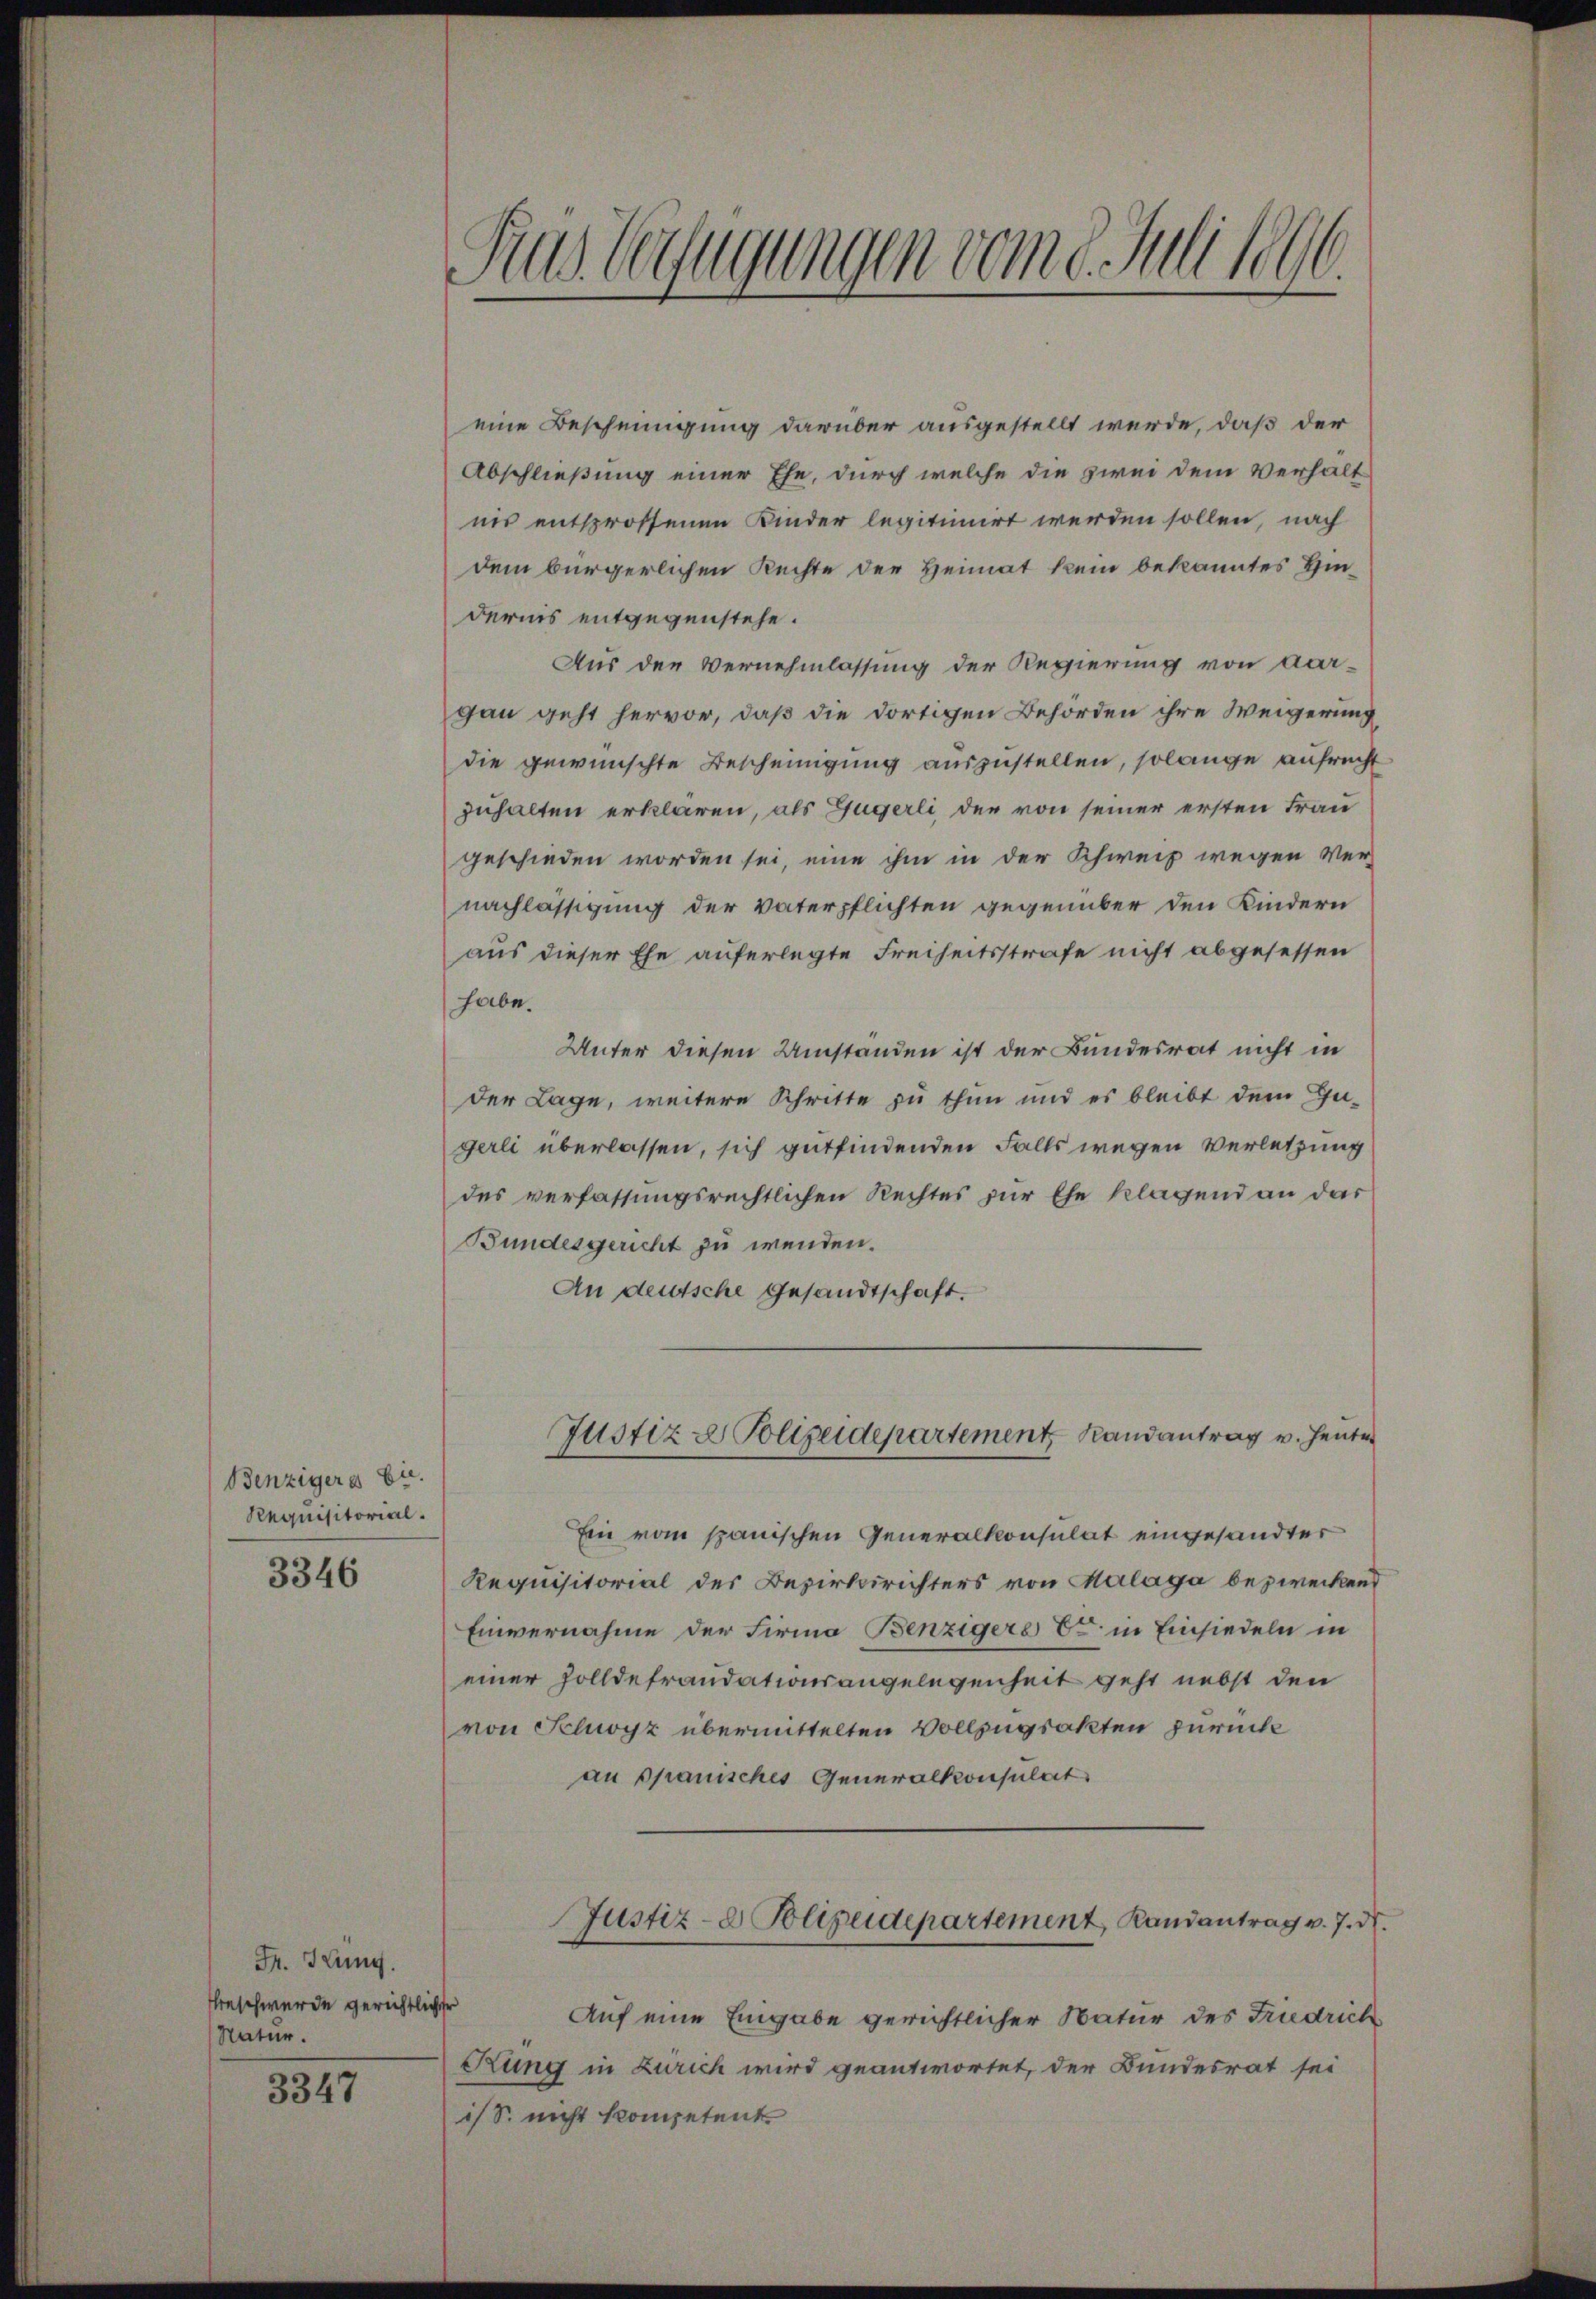
Benzigers bie
Requisitorial.

3346

Fr. Kung.
Eheschwerde gerichtlicher
Natur.

3347

Rus Verfügungen vom 1. Juli 1896.

eine Bescheinigung darüber ausgestellt werde, daß der
Abschließung einer Ehe, durch welche die zwei dem Verhält
nis entsprossenen Kinder legitimirt werden sollen, nach
dem bürgerlichen Rechte der Heimat kein bekanntes Hindernis entgegenstehe.
Aus den Vernehmlassung der Regierung von Aar-
gau geht hervor, daß die dortigen Behörden ihre Weigerung
die gewünschte Bescheinigung auszustellen, solange aufrecht
zuhalten erklären, als Gugerli, der von seiner ersten Frau
geschieden worden sei, eine ihm in der Schweiz wegen Ver-
nachlässigung der Vaterpflichten gegenüber den Kindern
aus dieser Ehe auferlegte Freiheitsstrafe nicht abgesessen
habe.
Unter diesen Umständen ist der Bundesrat nicht in
der Lage, weitere Schritte zu thun und es bleibt dem Gegerli überlassen, sich gutfindenden Falls wegen Verletzung
des verfassungsrechtlichen Rechtes zur Ehe klagend an das
Bundesgericht zu wenden.
An deutsche Gesandtschaft.

Tustiz & Polizeidepartement Randantrag v. Heute
A

Ein vom spanischen Generalkonsulat eingesandter
Requisitorial des Bezirksrichters von Malaga bezweckend
Einvernahme der Firma Benzigere Er in Einsiedeln in
einer Zolldefraudationsangelegenheit geht nebst den
von Schwyz übermittelten Vollzugsakten zurück
an Spanisches Generalkonsulat
Justiz- & Polizeidepartement Randantrag v. 7. d.
Auf eine Eingabe gerichtlicher Natur des Friedrich
Rung in Zürich wird geantwortet, der Bundesrat sei
is S. nicht kompetent